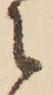
に